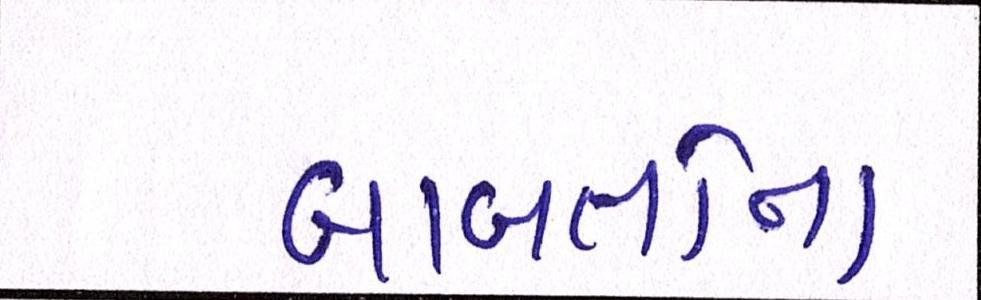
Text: બાબતોના